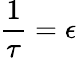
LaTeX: \frac{1}{\tau}=\epsilon